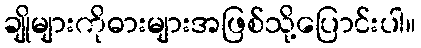
ချိုများကိုဓားများအဖြစ်သို့ပြောင်းပါ။